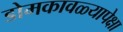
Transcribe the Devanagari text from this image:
डोमकावळ्यापेक्षा